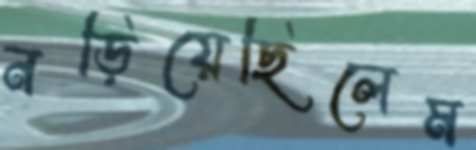
নড়িয়েছিলেম